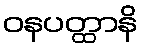
ဝနပတ္ထာနိ